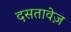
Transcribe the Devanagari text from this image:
दसतावेज़